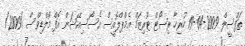
ތަފްސީލް 2009-04-19 ހުރިހާ ރިސޯޓް ޓޫރިޒަމް އެމްޕްލޮއީސް އެސޯސިއޭޝަން އޮފް މޯލްޑިވްސް /2009/